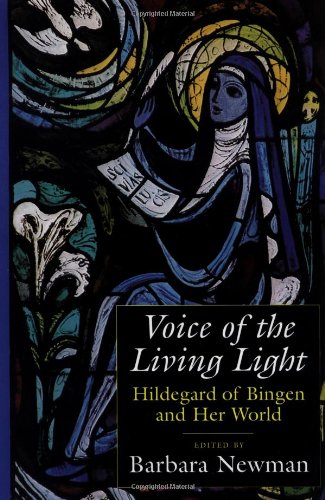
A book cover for Voice of the Living Light: Hildegard of Bingen and Her World; Religion & Spirituality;